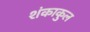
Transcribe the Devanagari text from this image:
शंकाकुल